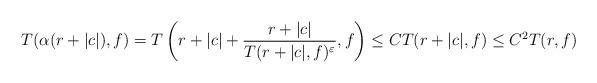
LaTeX: \begin{align*} T(\alpha(r+|c|),f) = T\left(r+|c|+\frac{r+|c|}{T(r+|c|,f)^{\varepsilon}},f\right) \leq CT(r+|c|,f)\leq C^2T(r,f) \end{align*}